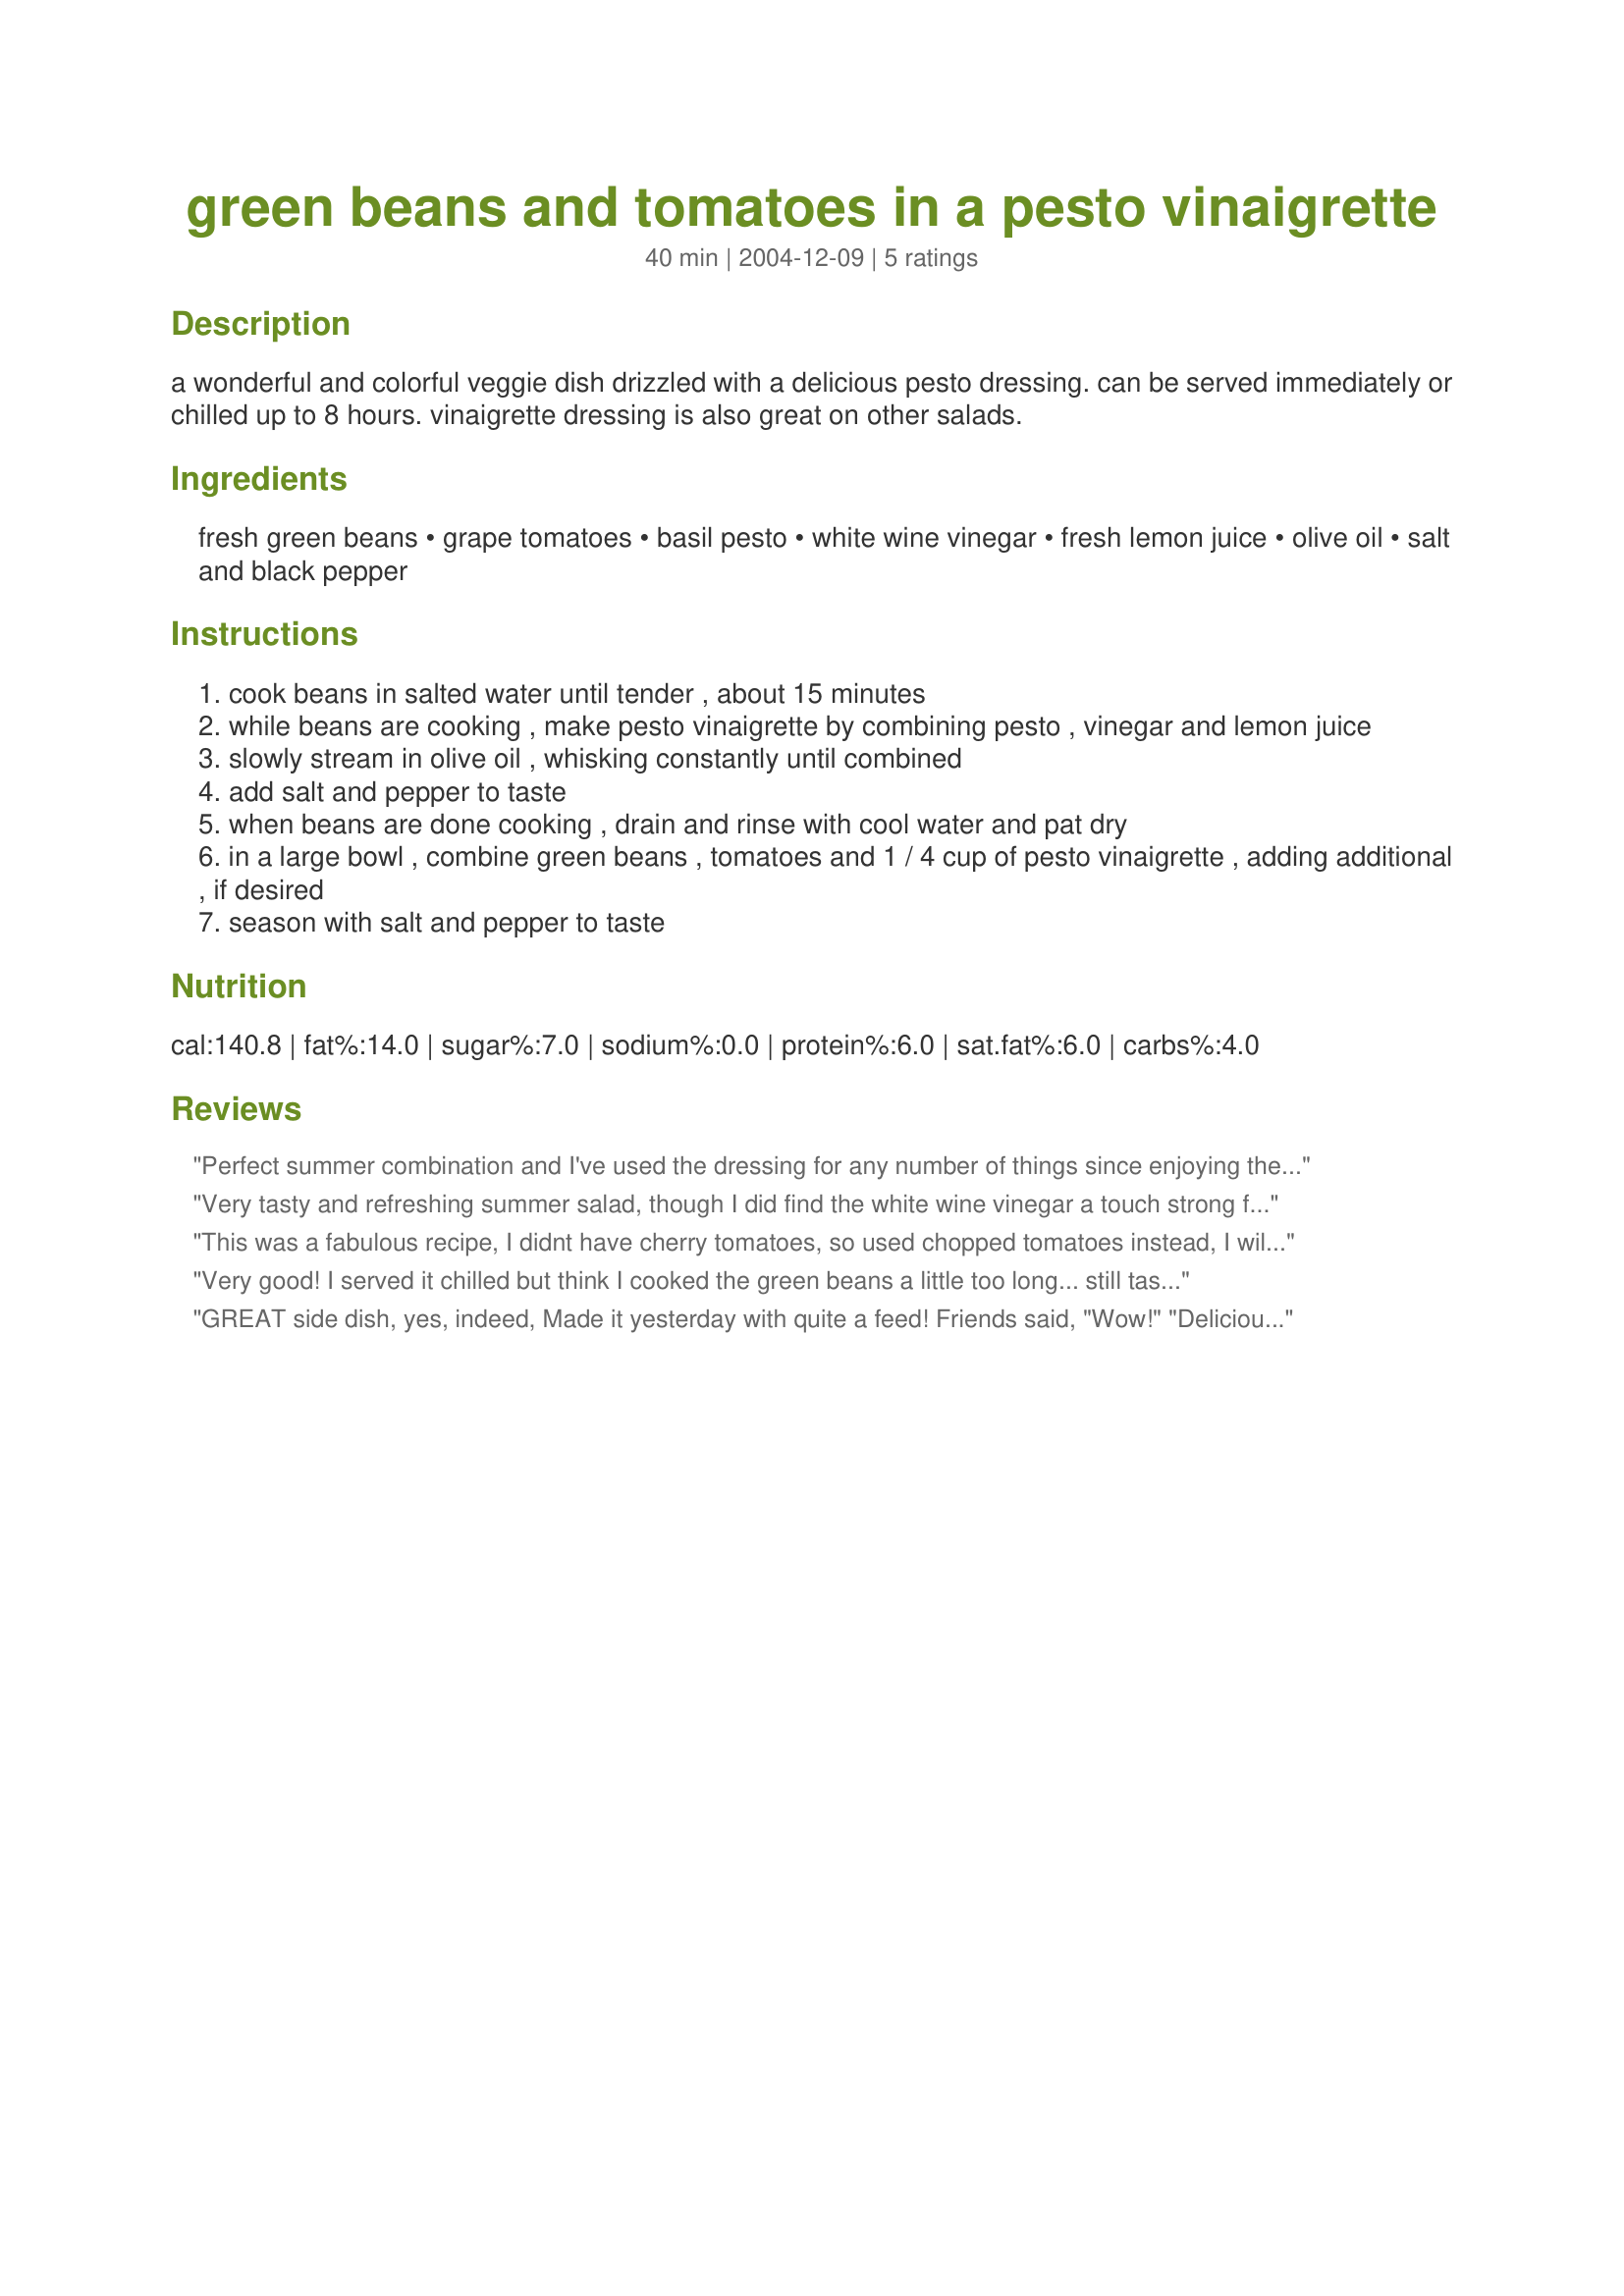
green beans and tomatoes in a pesto vinaigrette
Preparation time: 40 minutes

a wonderful and colorful veggie dish drizzled with a delicious pesto dressing. can be served immediately or chilled up to 8 hours. vinaigrette dressing is also great on other salads.

Ingredients:
fresh green beans, grape tomatoes, basil pesto, white wine vinegar, fresh lemon juice, olive oil, salt and black pepper

Steps:
cook beans in salted water until tender , about 15 minutes
while beans are cooking , make pesto vinaigrette by combining pesto , vinegar and lemon juice
slowly stream in olive oil , whisking constantly until combined
add salt and pepper to taste
when beans are done cooking , drain and rinse with cool water and pat dry
in a large bowl , combine green beans , tomatoes and 1 / 4 cup of pesto vinaigrette , adding additional , if desired
season with salt and pepper to taste

Reviews:
Perfect summer combination and I've used the dressing for any number of things since enjoying the green beans and tomatoes. Useful and delicious recipe.
Very tasty and refreshing summer salad, though I did find the white wine vinegar a touch strong for this dish. Next time I will probably use white balsamic or apple cider vinegar. Thank you Marie for sharing the recipe.
This was a fabulous recipe, I didnt have cherry tomatoes, so used chopped tomatoes instead, I will be making this dish all summer.
Very good! I served it chilled but think I cooked the green beans a little too long... still tasty! Next time I'm going to add some thinly sliced onion to it! Thanks!
GREAT side dish, yes, indeed,
Made it yesterday with quite a feed!
Friends said, "Wow!" "Delicious" too!
So thank you for this recipe from me to you!
